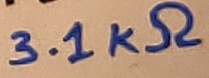
Text: 3.1KΩ